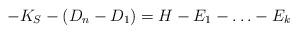
LaTeX: \begin{align*} -K_S-(D_n-D_1)=H-E_1-\ldots-E_k\end{align*}